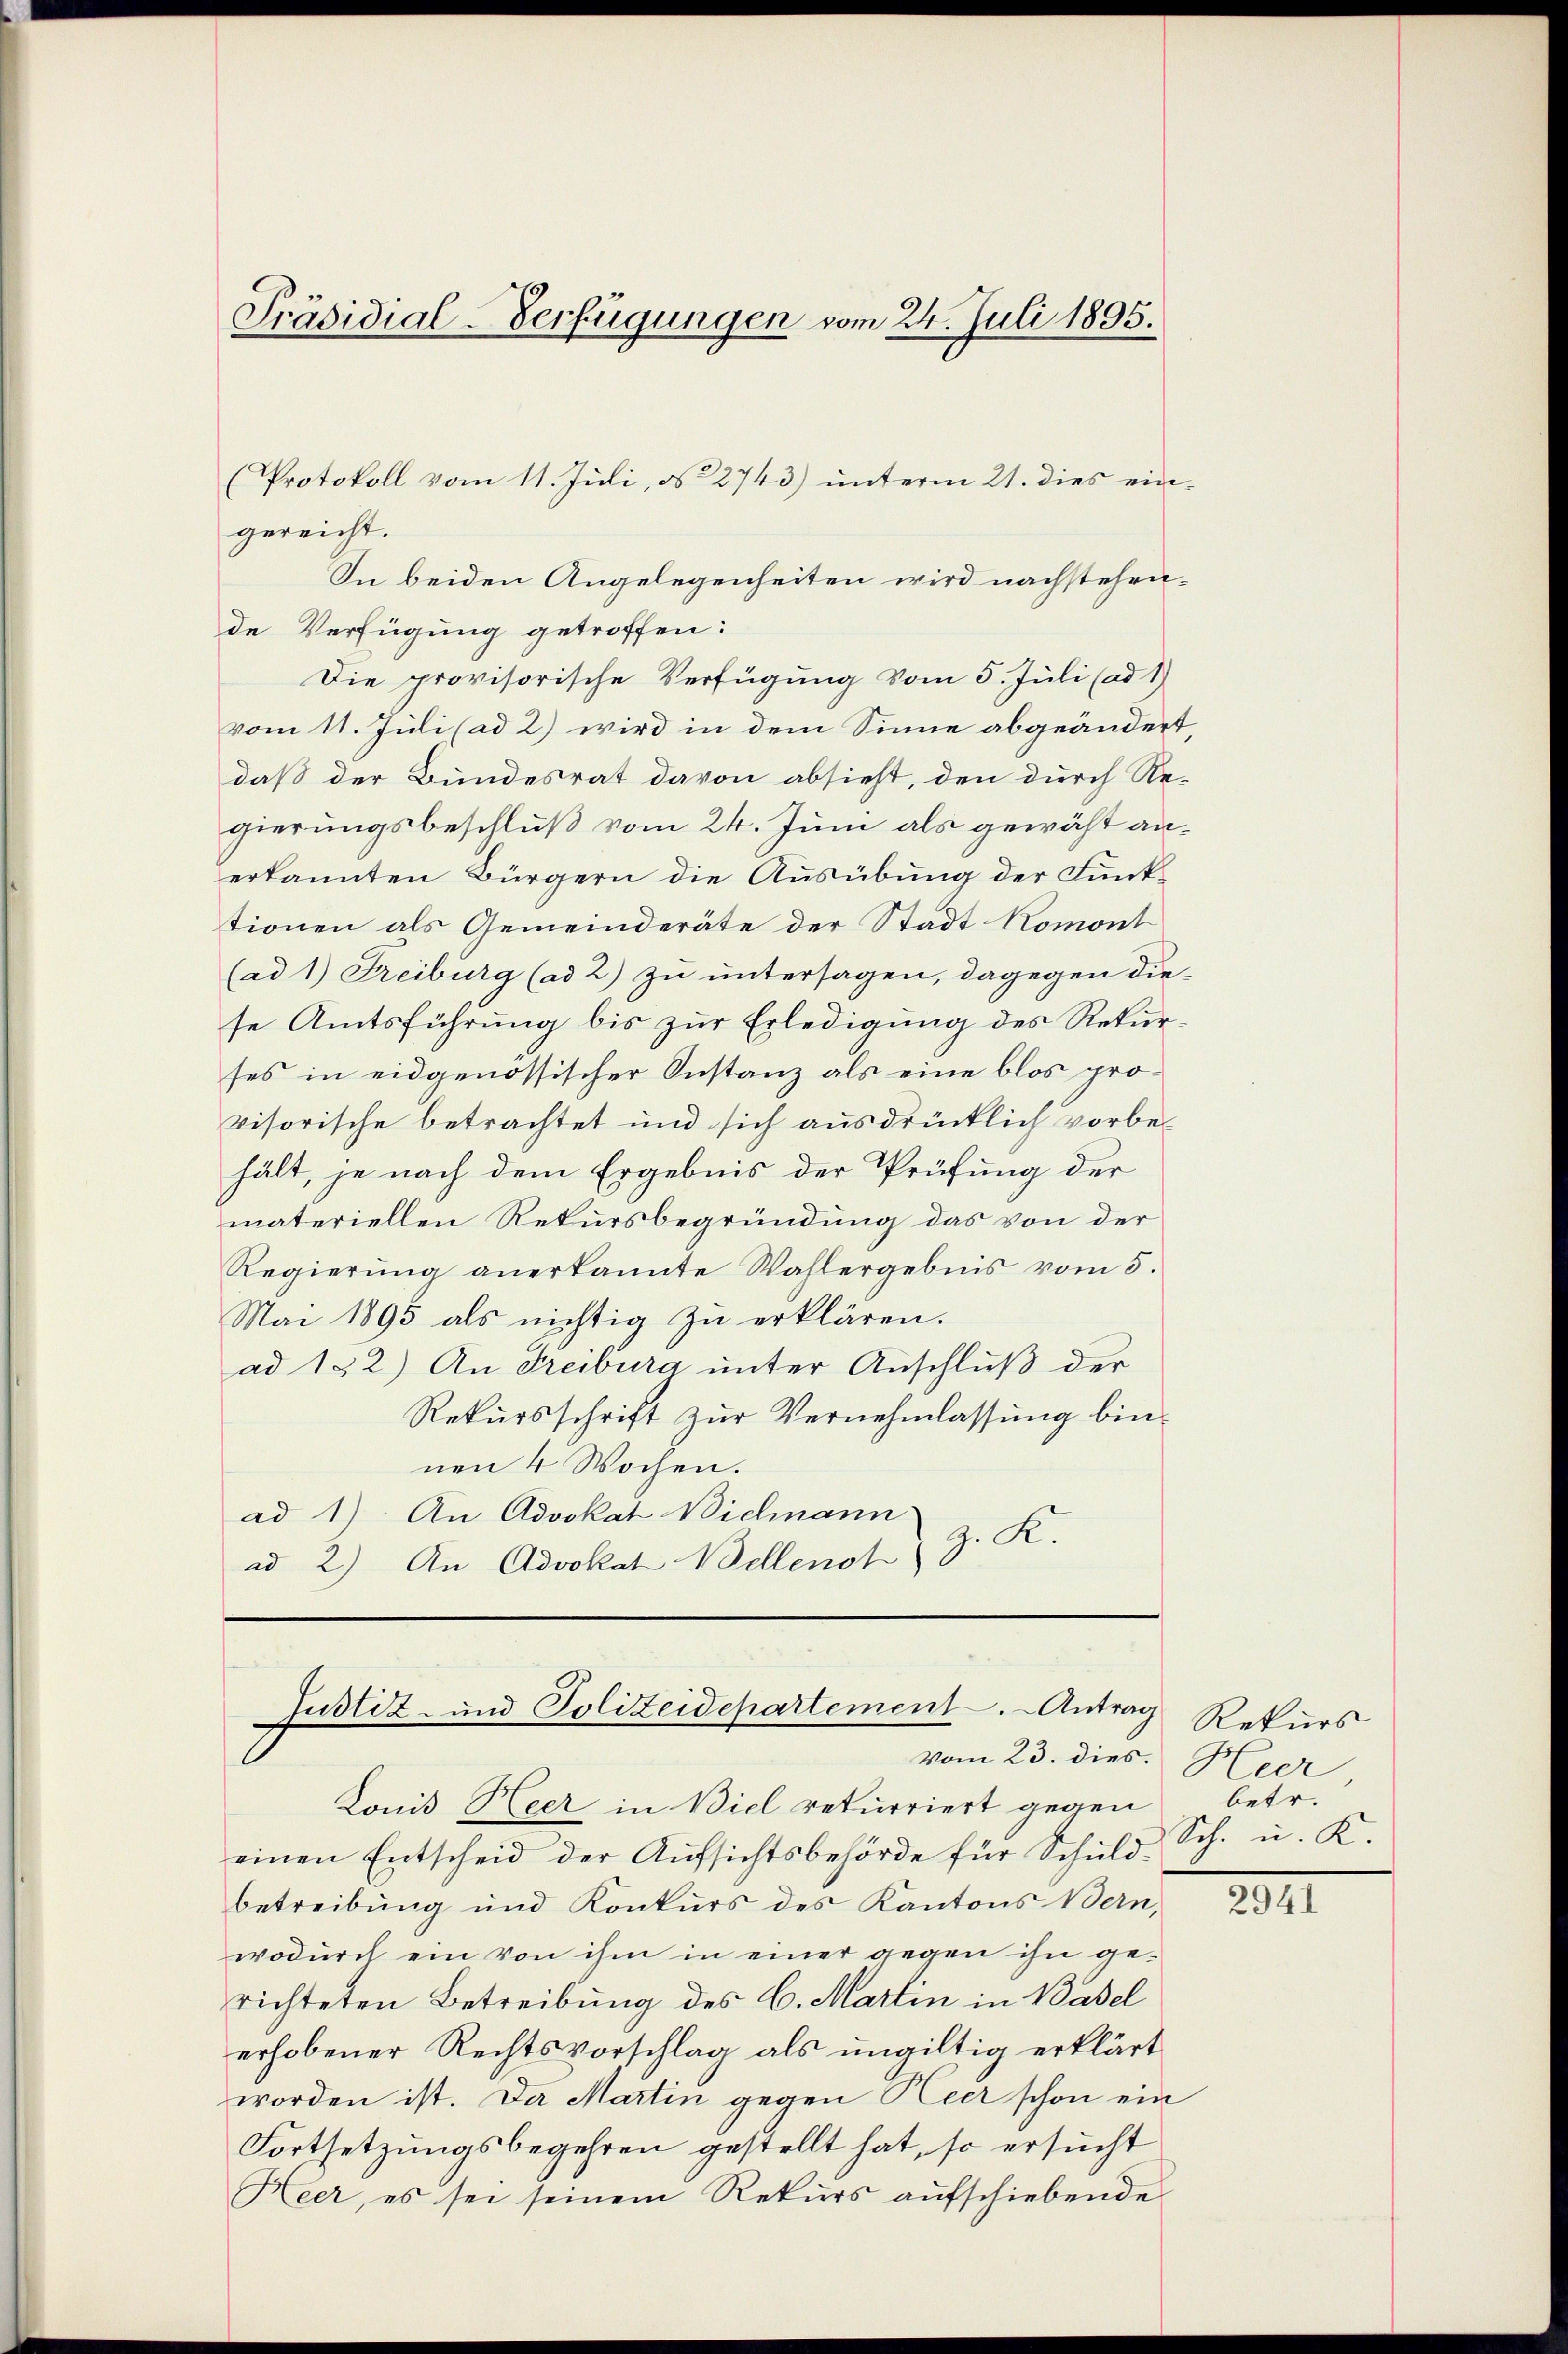
Präsidial-Verfügungen vom 24. Juli 1895.

(Protokoll vom 11. Juli, N. 2743) unterm 21. dies ein-
gereicht.
In beiden Angelegenheiten wird nachstehende Verfügung getroffen:
Die provisorische Verfügung vom 5. Juli (ad 1)
vom 11. Juli (ad 2) wird in dem Sinne abgeändert
daß der Bundesrat davon absieht, den durch Re-
gierungsbeschluß vom 24. Juni als gewählt anerkannten Bürgern die Ausübung der Funktionen als Gemeinderäte der Stadt Romont
(ad 1) Freiburg (ad 2) zu untersagen, dagegen die-
se Amtsführung bis zur Erledigung des Rekurses in eidgenössischer Instanz als eine blos provisorische betrachtet und sich ausdrücklich vorbehält, je nach dem Ergebnis der Prüfung der
materiellen Rekursbegründung das von der
Regierŭng anerkannte Wahlergebnis vom 5.
Mai 1895 als nichtig zu erklären.
ad 132) An Freiburg unter Anschluß der
Rekursschrift zur Vernehmlassung binnen 4 Wochen.
ad 1) An Advokat Bichnann
z. R.
ad 2.) An Advokat Bellench

Justiz- und Polizeidepartement. Antrag
vom 23. dies.

Lonis Heer in Biel rekurriert gegen
einen Entscheid der Aŭfsichtsbehörde für Schuld-
betreibung und Konkurs des Kantons Bern,
wodŭrch ein von ihm in einer gegen ihn ge-
richteten Betreibung des C. Martin in Basel
erhobener Rechtsvorschlag als ungültig erklärt
worden ist. Da Martin gegen Heer schon ein
Fortsetzungsbegehren gestellt hat, so ersucht
Heer, es sei seinem Rekurs aŭfschiebende

Rekurs
Heer
betr.
Sch. u. K.

2941